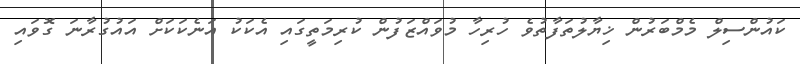
ކައުންސިލް މެމްބަރުން ޚިޔާލުތަފާތުވެ ހުރިހާ މުވައްޒަފުން ކުރިމަތީގައި އެކަކު އަނެކަކަށް އައުގުރާނަ ގޮވައި